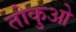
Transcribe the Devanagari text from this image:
तोकुओ